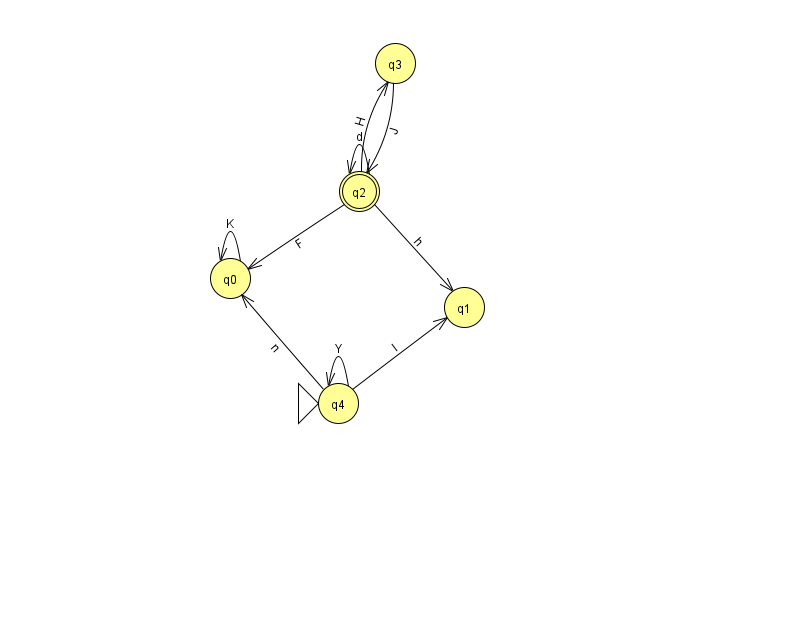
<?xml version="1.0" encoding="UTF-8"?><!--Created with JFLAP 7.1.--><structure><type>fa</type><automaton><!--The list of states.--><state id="0" name="q0"><x>230.0</x><y>265.0</y></state><state id="1" name="q1"><x>464.0</x><y>294.0</y></state><state id="2" name="q2"><x>359.0</x><y>178.0</y><final/></state><state id="3" name="q3"><x>395.0</x><y>50.0</y></state><state id="4" name="q4"><x>338.0</x><y>390.0</y><initial/></state><!--The list of transitions.--><transition><from>2</from><to>0</to><read>F</read></transition><transition><from>4</from><to>0</to><read>n</read></transition><transition><from>2</from><to>2</to><read>d</read></transition><transition><from>2</from><to>1</to><read>h</read></transition><transition><from>4</from><to>1</to><read>l</read></transition><transition><from>3</from><to>2</to><read>J</read></transition><transition><from>4</from><to>4</to><read>Y</read></transition><transition><from>0</from><to>0</to><read>K</read></transition><transition><from>2</from><to>3</to><read>H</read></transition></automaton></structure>